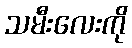
သမီးလေးကို